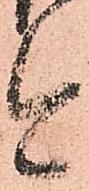
今